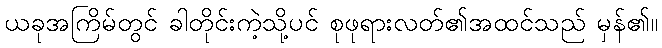
ယခုအကြိမ်တွင် ခါတိုင်းကဲ့သို့ပင် စုဖုရားလတ်၏အထင်သည် မှန်၏။